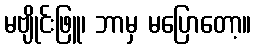
မဗျိုင်းဖြူ၊ ဘာမှ မပြောတော့။